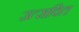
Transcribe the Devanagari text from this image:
उत्सवित